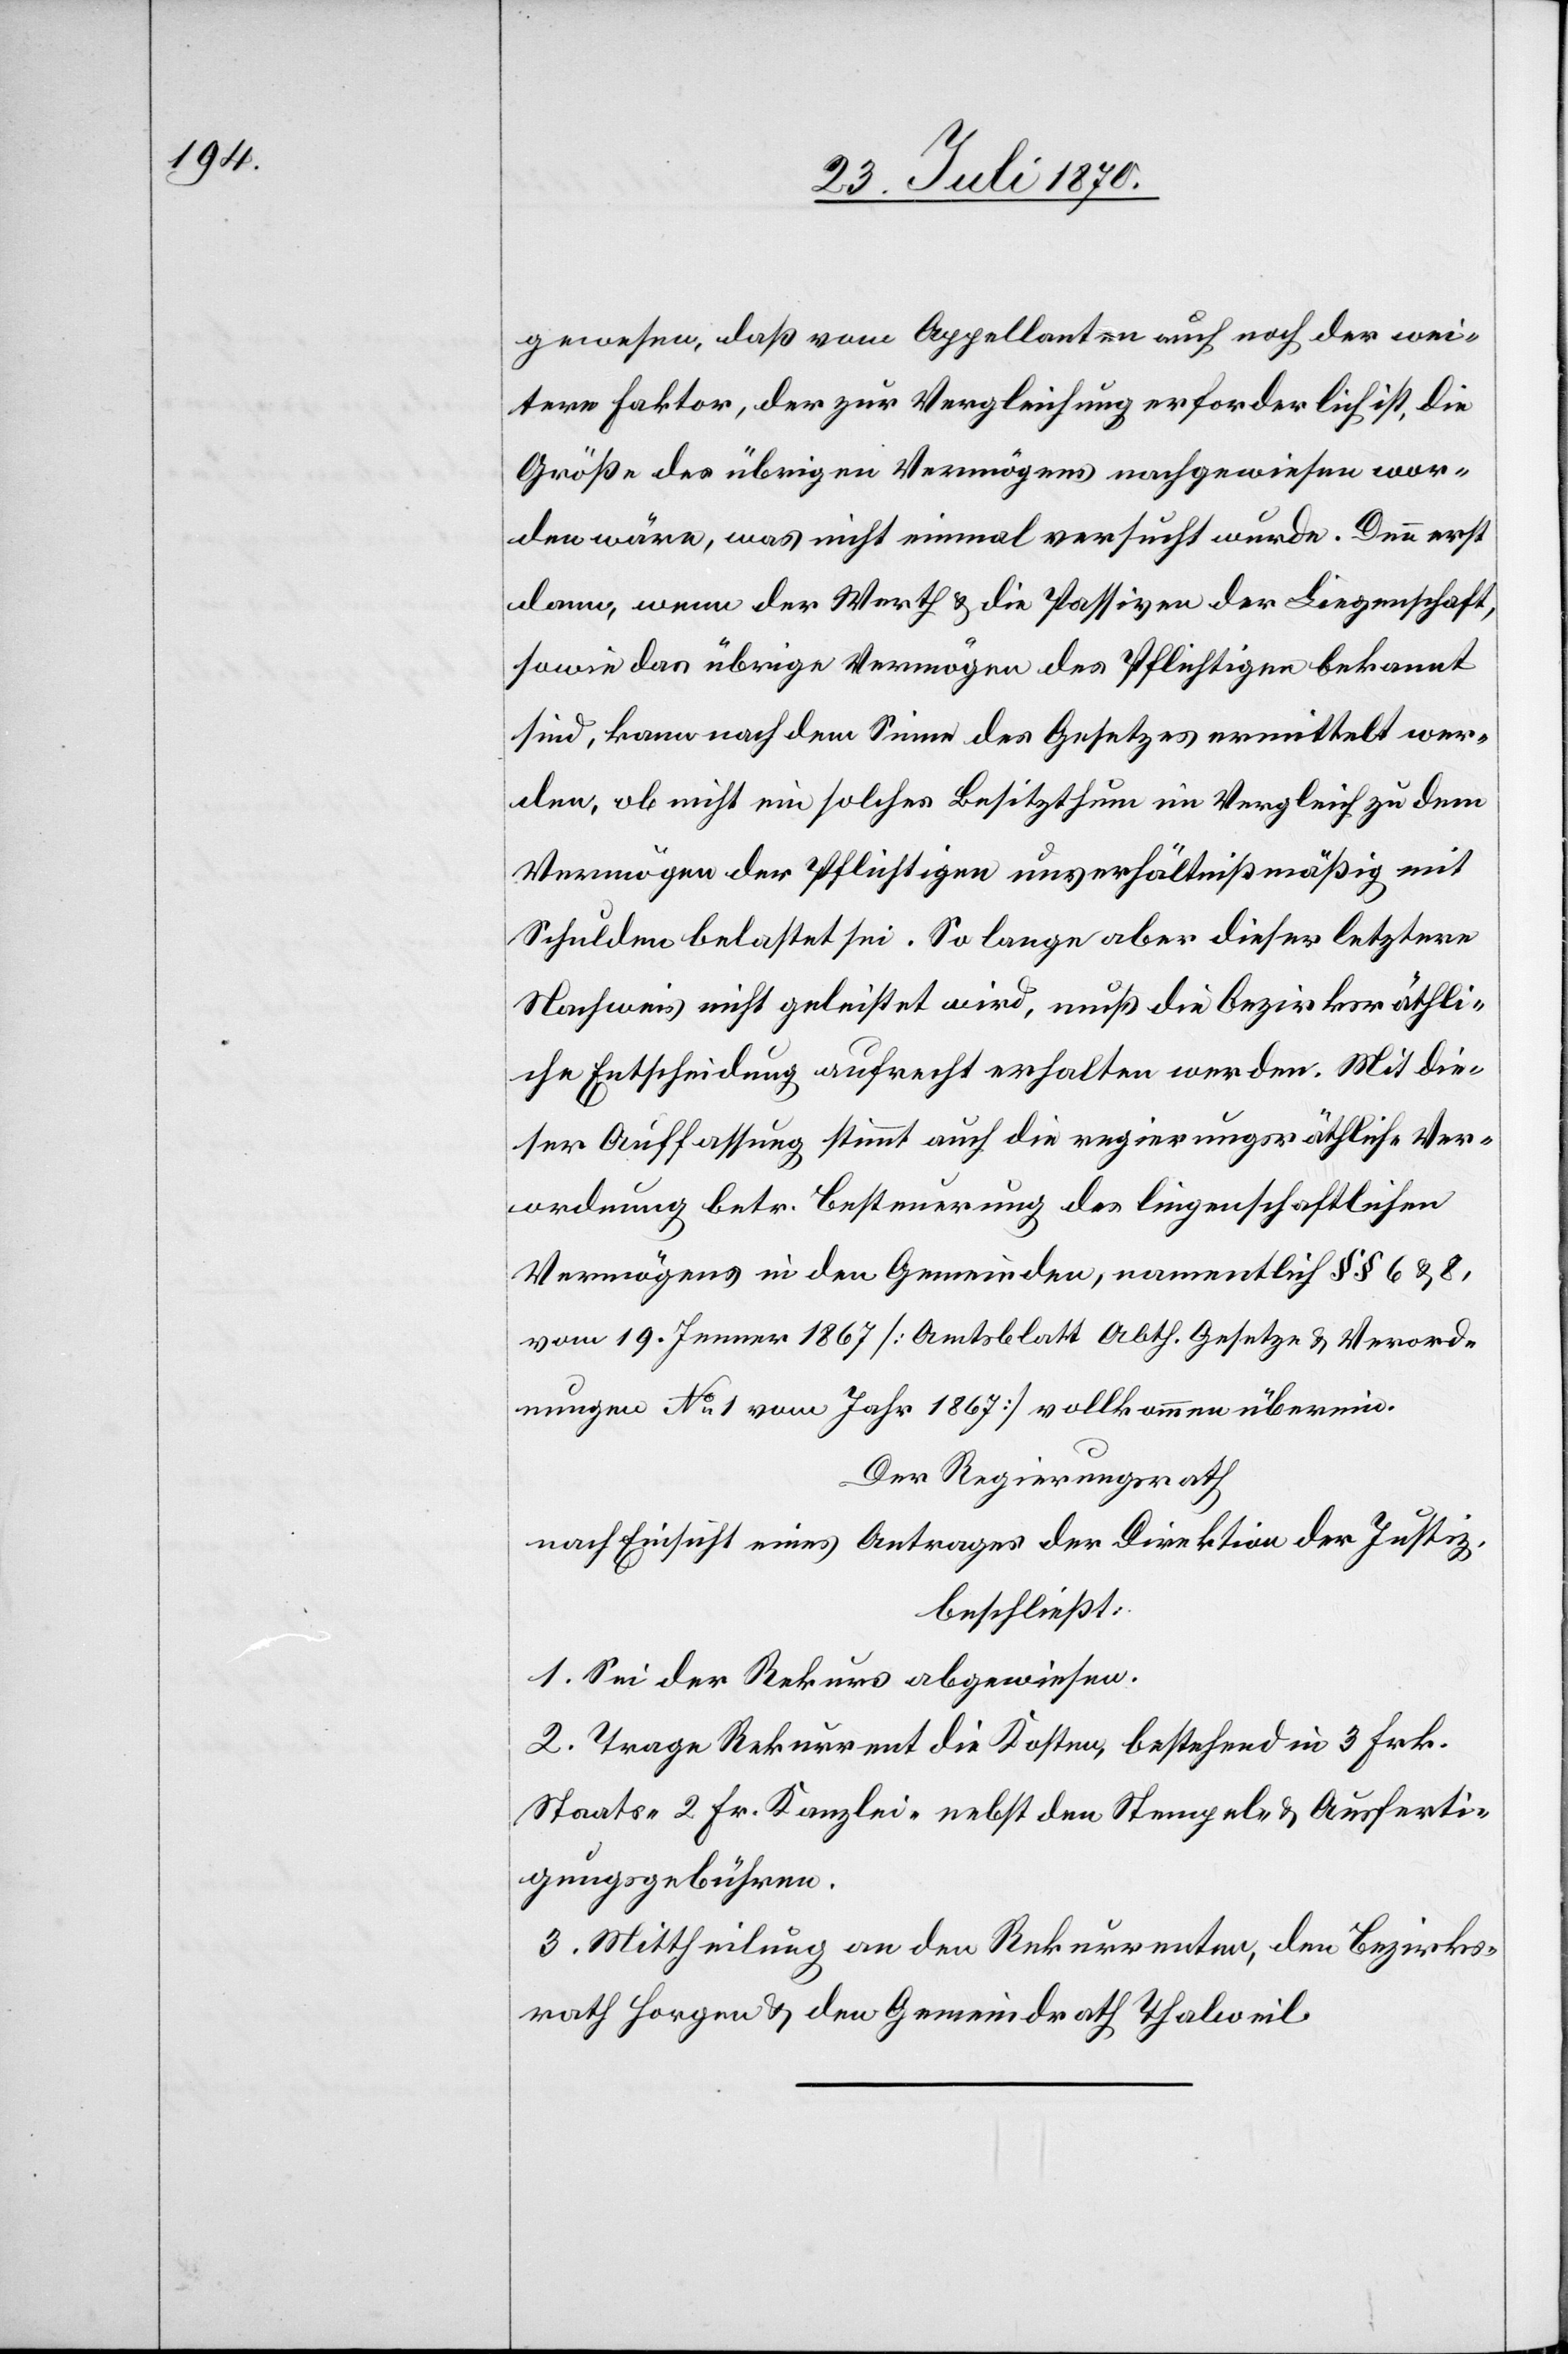
gewesen, daß vom Appellanten auch noch der wei¬
tere Faktor, der zur Vergleichung erforderlich ist, die
Größe des übrigen Vermögens nachgewiesen wor¬
den wäre, was nicht einmal versucht wurde. Denn erst
dann, wenn der Werth & die Passiven der Liegenschaft,
sowie das übrige Vermögen des Pflichtigen bekannt
sein, kann nach dem Sinne des Gesetzes ermittelt wer¬
den, ob nicht ein solches Besitzthum im Vergleich zu dem
Vermögen der Pflichtigen unverhältnißmäßig mit
Schulden belastet sei. So lange aber dieser letztere
Nachweis nicht geleistet wird, muß die bezirksräthli¬
che Entscheidung aufrecht erhalten werden. Mit die¬
ser Auffassung stimmt auch die regierungsräthliche Ver¬
ordnung betr. Besteuerung des liegenschaftlichen
Vermögens in den Gemeinden, namentlich §§ 6 & 8,
vom 19. Jenner 1867 [Amtsblatt Abth. Gesetze & Verord¬
nungen No 1 vom Jahr 1867] vollkommen überein.
Der Regierungsrath
nach Einsicht eines Antrages der Direktion der Justiz,
beschließt:
1. Sei der Rekurs abgewiesen.
2. Trage Rekurrent die Kosten, bestehend in 3 Frk.
Staats 2 Fr. Kanzlei- nebst den Stempel- & Ausferti¬
gungsgebühren.
3. Mittheilung an den Rekurrenten, den Bezirks¬
rath Horgen & den Gemeindrath Thalweil.